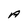
Character: A